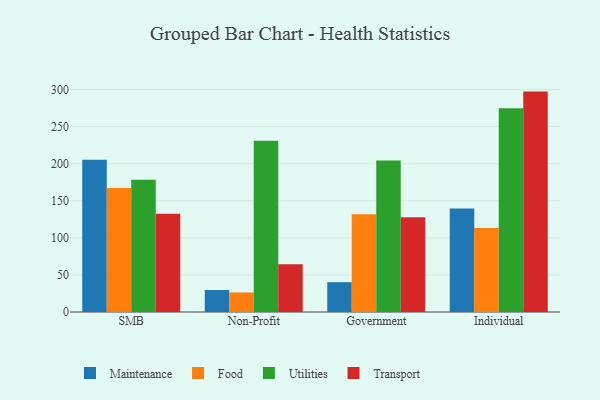
{"axis": {"x": "Segment", "y": "Latency (ms)"}, "legend": ["Food", "Maintenance", "Transport", "Utilities"], "data": [{"x": "SMB", "y": 205.3, "type": "Maintenance"}, {"x": "SMB", "y": 167.2, "type": "Food"}, {"x": "SMB", "y": 178.3, "type": "Utilities"}, {"x": "SMB", "y": 132.6, "type": "Transport"}, {"x": "Non-Profit", "y": 29.7, "type": "Maintenance"}, {"x": "Non-Profit", "y": 26.4, "type": "Food"}, {"x": "Non-Profit", "y": 230.9, "type": "Utilities"}, {"x": "Non-Profit", "y": 64.3, "type": "Transport"}, {"x": "Government", "y": 40.2, "type": "Maintenance"}, {"x": "Government", "y": 131.7, "type": "Food"}, {"x": "Government", "y": 204.1, "type": "Utilities"}, {"x": "Government", "y": 127.8, "type": "Transport"}, {"x": "Individual", "y": 139.4, "type": "Maintenance"}, {"x": "Individual", "y": 113.1, "type": "Food"}, {"x": "Individual", "y": 274.7, "type": "Utilities"}, {"x": "Individual", "y": 297.1, "type": "Transport"}]}